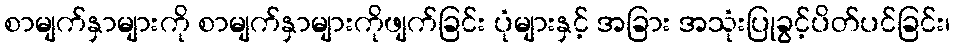
စာမျက်နှာများကို စာမျက်နှာများကိုဖျက်ခြင်း ပုံများနှင့် အခြား အသုံးပြုခွင့်ပိတ်ပင်ခြင်း၊